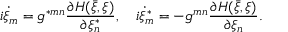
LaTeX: i \dot { \xi } _ { m } = g ^ { \ast m n } \frac { \partial H ( \bar { \xi } , \xi ) } { \partial \xi _ { n } ^ { \ast } } , \quad i \dot { \xi } _ { m } ^ { \ast } = - g ^ { m n } \frac { \partial H ( \bar { \xi } , \xi ) } { \partial \xi _ { n } } .